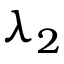
\lambda _ { 2 }